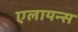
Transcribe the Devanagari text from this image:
एलायन्स